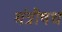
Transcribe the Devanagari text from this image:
मंत्रौषध